Problem: 19 + 20 = ?
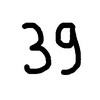
Handwritten answer: 39